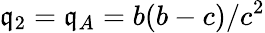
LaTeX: \mathfrak{q}_{2}=\mathfrak{q}_{A}=b(b-c)/c^{2}